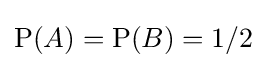
\mathrm {P} (A)=\mathrm {P} (B)=1/2